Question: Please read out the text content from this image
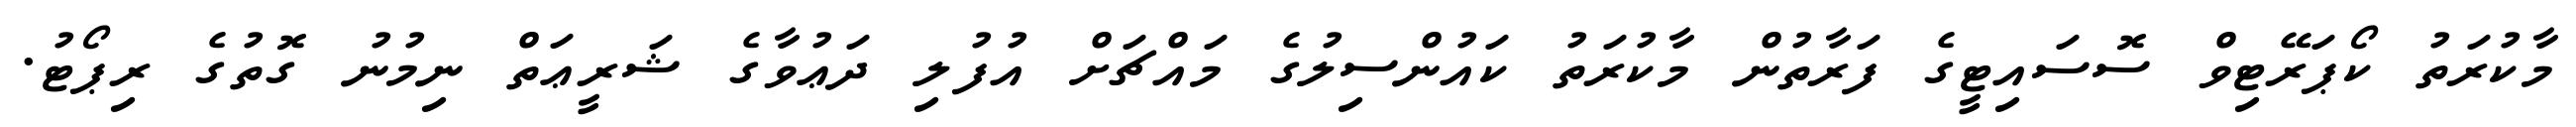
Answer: މާކުރަތު ކޯޕަރޭޓިވް ސޮސައިޓީގެ ފަރާތުން މާކުރަތު ކައުންސިލުގެ މައްޗަށް އުފުލި ދަޢުވާގެ ޝަރީޢަތް ނިމުނު ގޮތުގެ ރިޕޯޓު.